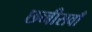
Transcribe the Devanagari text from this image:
छब्बीसवाँ